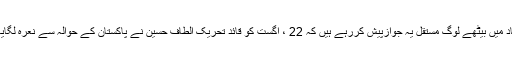
ڈاکٹرندیم احسان نے کہاکہ پی آئی بی اوربہادرآباد میں بیٹھے لوگ مستقل یہ جوازپیش کررہے ہیں کہ 22 ، اگست کو قائد تحریک الطاف حسین نے پاکستان کے حوالہ سے نعرہ لگایا تو اس لئے ہم نے ان سے اپنی راہیں جدا کرلیں۔